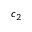
c _ { 2 }